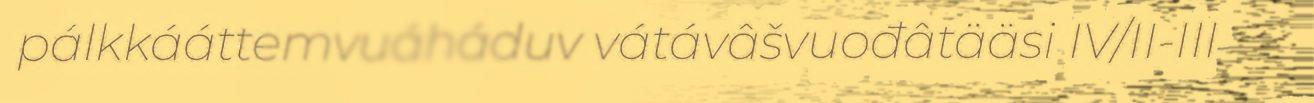
pálkkááttemvuáháduv vátávâšvuođâtääsi IV/II-III